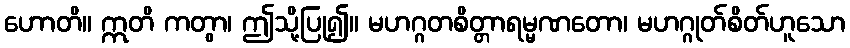
ဟောတိ။ ဣတိ ကတွာ၊ ဤသို့ပြု၍။ မဟဂ္ဂတစိတ္တာရမ္မဏတော၊ မဟဂ္ဂုတ်စိတ်ဟူသော